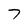
Character: 7